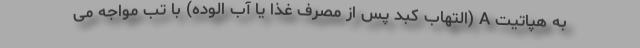
به هپاتیت A (التهاب کبد پس از مصرف غذا یا آب الوده) با تب مواجه می